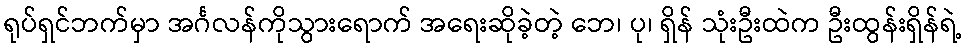
ရုပ်ရှင်ဘက်မှာ အင်္ဂလန်ကိုသွားရောက် အရေးဆိုခဲ့တဲ့ ဘေ၊ ပု၊ ရှိန် သုံးဦးထဲက ဦးထွန်းရှိန်ရဲ့